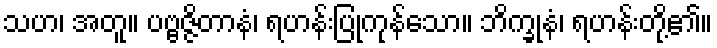
သဟ၊ အတူ။ ပဗ္ဗဇ္ဇိတာနံ၊ ရဟန်းပြုကုန်သော။ ဘိက္ခုနံ၊ ရဟန်းတို့၏။